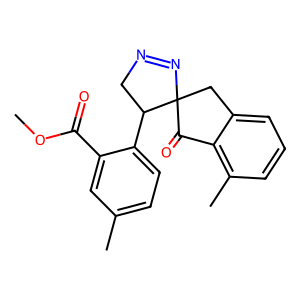
SMILES: COC(=O)c1cc(C)ccc1C1CN=NC12Cc1cccc(C)c1C2=O
Inhibits HIV replication: No